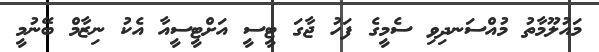
މައުލޫމާތު މުއްސަނދިވި ސެމީގެ ފަހު ޖާގަ ޓީސީ އަށްޓީސީއާ އެކު ނިޒާމް ބޭނުމީ